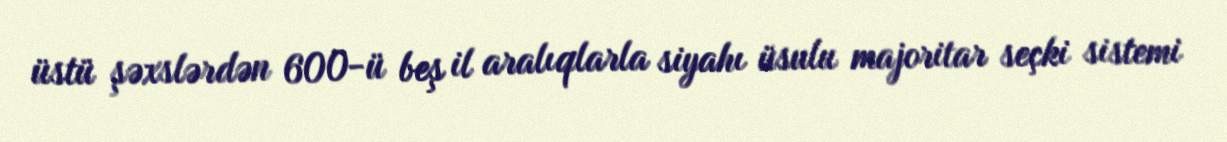
üstü şəxslərdən 600-ü beş il aralıqlarla siyahı üsulu majoritar seçki sistemi